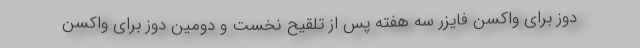
دوز برای واکسن فایزر سه هفته پس از تلقیح نخست و دومین دوز برای واکسن